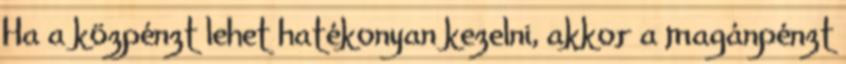
Ha a közpénzt lehet hatékonyan kezelni, akkor a magánpénzt